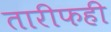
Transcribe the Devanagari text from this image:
तारीफही